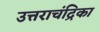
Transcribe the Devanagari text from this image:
उत्तराचंद्रिका